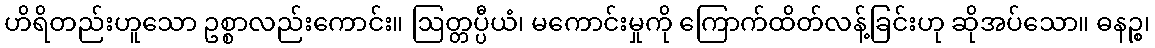
ဟိရိတည်းဟူသော ဥစ္စာလည်းကောင်း။ ဩတ္တပ္ပီယံ၊ မကောင်းမှုကို ကြောက်ထိတ်လန့်ခြင်းဟု ဆိုအပ်သော။ ဓနဉ္စ၊